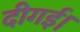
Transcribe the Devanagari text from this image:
दीगई।